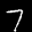
Label: 7